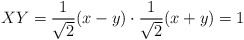
\begin{align*} XY = \frac{1}{\sqrt{2}}(x-y)\cdot \frac{1}{\sqrt{2}}(x+y) = 1\end{align*}